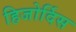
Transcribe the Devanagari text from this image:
हिजोर्दिस